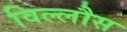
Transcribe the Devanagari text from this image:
विल्लौस